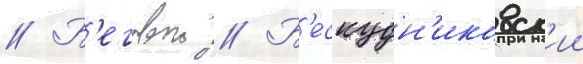
// Б'еговои // Б'ескудн'иковск'ии